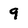
Character: 9